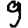
Digit: 9